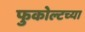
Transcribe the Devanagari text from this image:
फुकोल्टच्या